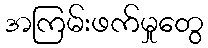
အကြမ်းဖက်မှုတွေ